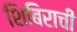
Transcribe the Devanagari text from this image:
शिबिराची